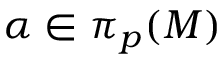
\alpha \in \pi _ { p } ( M )